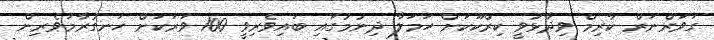
ގަވަރްނަރް ކާރިމް ވިދާޅުވީ ކިރްކޫކަށް ހަމަލާ ދިނުމުގައި ބައިވެރިވީ 100 ވަރަކަށް ހަނގުރާމަވެރިން